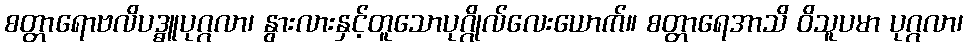
စတ္တာရောဗလိပဒ္ဓူပုဂ္ဂလာ၊ နွားလားနှင့်တူသောပုဂ္ဂိုလ်လေးယောက်။ စတ္တာရေအာသိ ဝိသူပမာ ပုဂ္ဂလာ၊